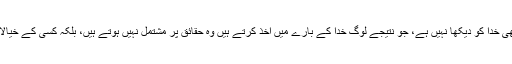
لیکن چونکہ کسی نے بھی خُدا کو دیکھا نہیں ہے، جو نتیجے لوگ خُدا کے بارے میں اخذ کرتے ہیں وہ حقائق پر مشتمل نہیں ہوتے ہیں، بلکہ کسی کے خیالات پر مشتمل ہوتے ہیں۔